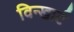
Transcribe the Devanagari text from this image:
विन्खार्ट